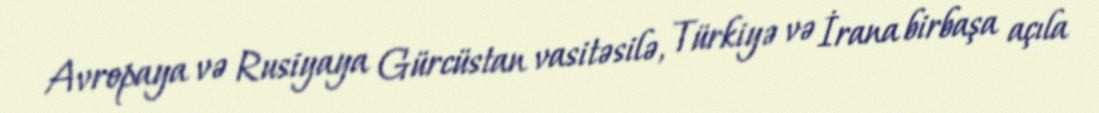
Avropaya və Rusiyaya Gürcüstan vasitəsilə, Türkiyə və İrana birbaşa açıla